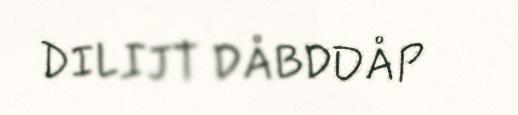
DILIJT DÅBDDÅP